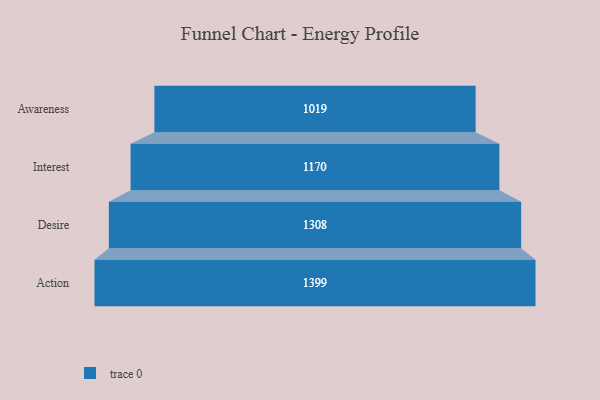
{"axis": {"x": "Stage", "y": "Value"}, "legend": [""], "data": [{"x": "Awareness", "y": 1019.0, "type": ""}, {"x": "Interest", "y": 1170.0, "type": ""}, {"x": "Desire", "y": 1308.0, "type": ""}, {"x": "Action", "y": 1399.0, "type": ""}]}